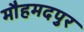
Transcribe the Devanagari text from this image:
मौहमदपुर